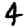
Digit: 4